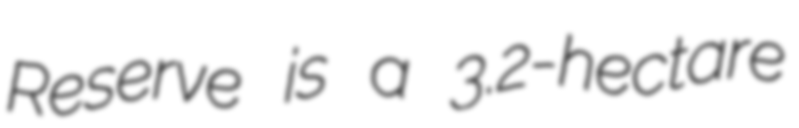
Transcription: Reserve is a 3.2-hectare